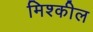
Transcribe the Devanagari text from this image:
मिश्कील